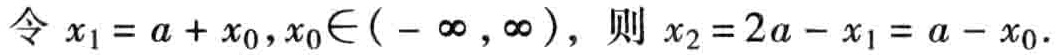
令 \(x_{1}=a + x_{0},x_{0}\in(-\infty,\infty)\)，则 \(x_{2}=2a - x_{1}=a - x_{0}\)。